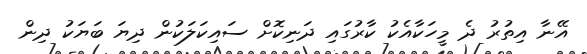
އޭނާ އިތުރު ދެ މީހަކާއެކު ކާރުގައި ދަނިކޮށް ސައިކަލަކުން ދިޔަ ބަޔަކު ދިން